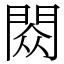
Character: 閦